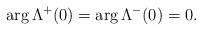
LaTeX: \begin{align*}\mathop{\mathrm{arg}}\Lambda^+(0)=\mathop{\mathrm{arg}}\Lambda^-(0)=0.\end{align*}